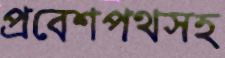
প্রবেশপথসহ